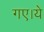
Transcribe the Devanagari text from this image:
गए।ये